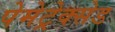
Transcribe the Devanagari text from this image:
पेमेट्रेक्सेड